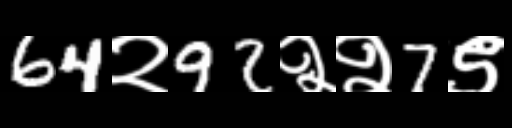
Text: 64२92२२7९